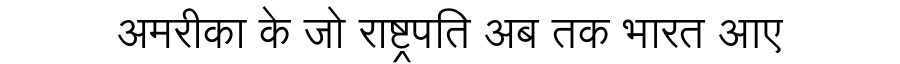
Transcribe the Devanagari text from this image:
अमरीका के जो राष्ट्रपति अब तक भारत आए